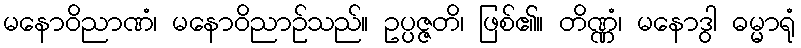
မနောဝိညာဏံ၊ မနောဝိညာဉ်သည်။ ဥပ္ပဇ္ဇတိ၊ ဖြစ်၏။ တိဏ္ဏံ၊ မနောဒွါ ဓမ္မာရုံ